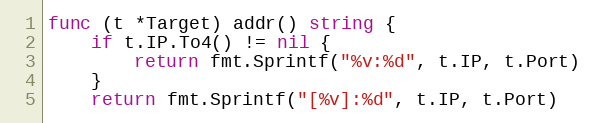
Language: Go
func (t *Target) addr() string {
	if t.IP.To4() != nil {
		return fmt.Sprintf("%v:%d", t.IP, t.Port)
	}
	return fmt.Sprintf("[%v]:%d", t.IP, t.Port)